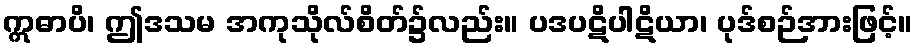
ဣဓာပိ၊ ဤဒသမ အကုသိုလ်စိတ်၌လည်း။ ပဒပဋိပါဋိယာ၊ ပုဒ်စဉ်အားဖြင့်။